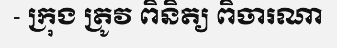
- ក្រុង ត្រូវ ពិនិត្យ ពិចារណា